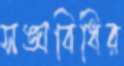
সঙ্ঘবিধির